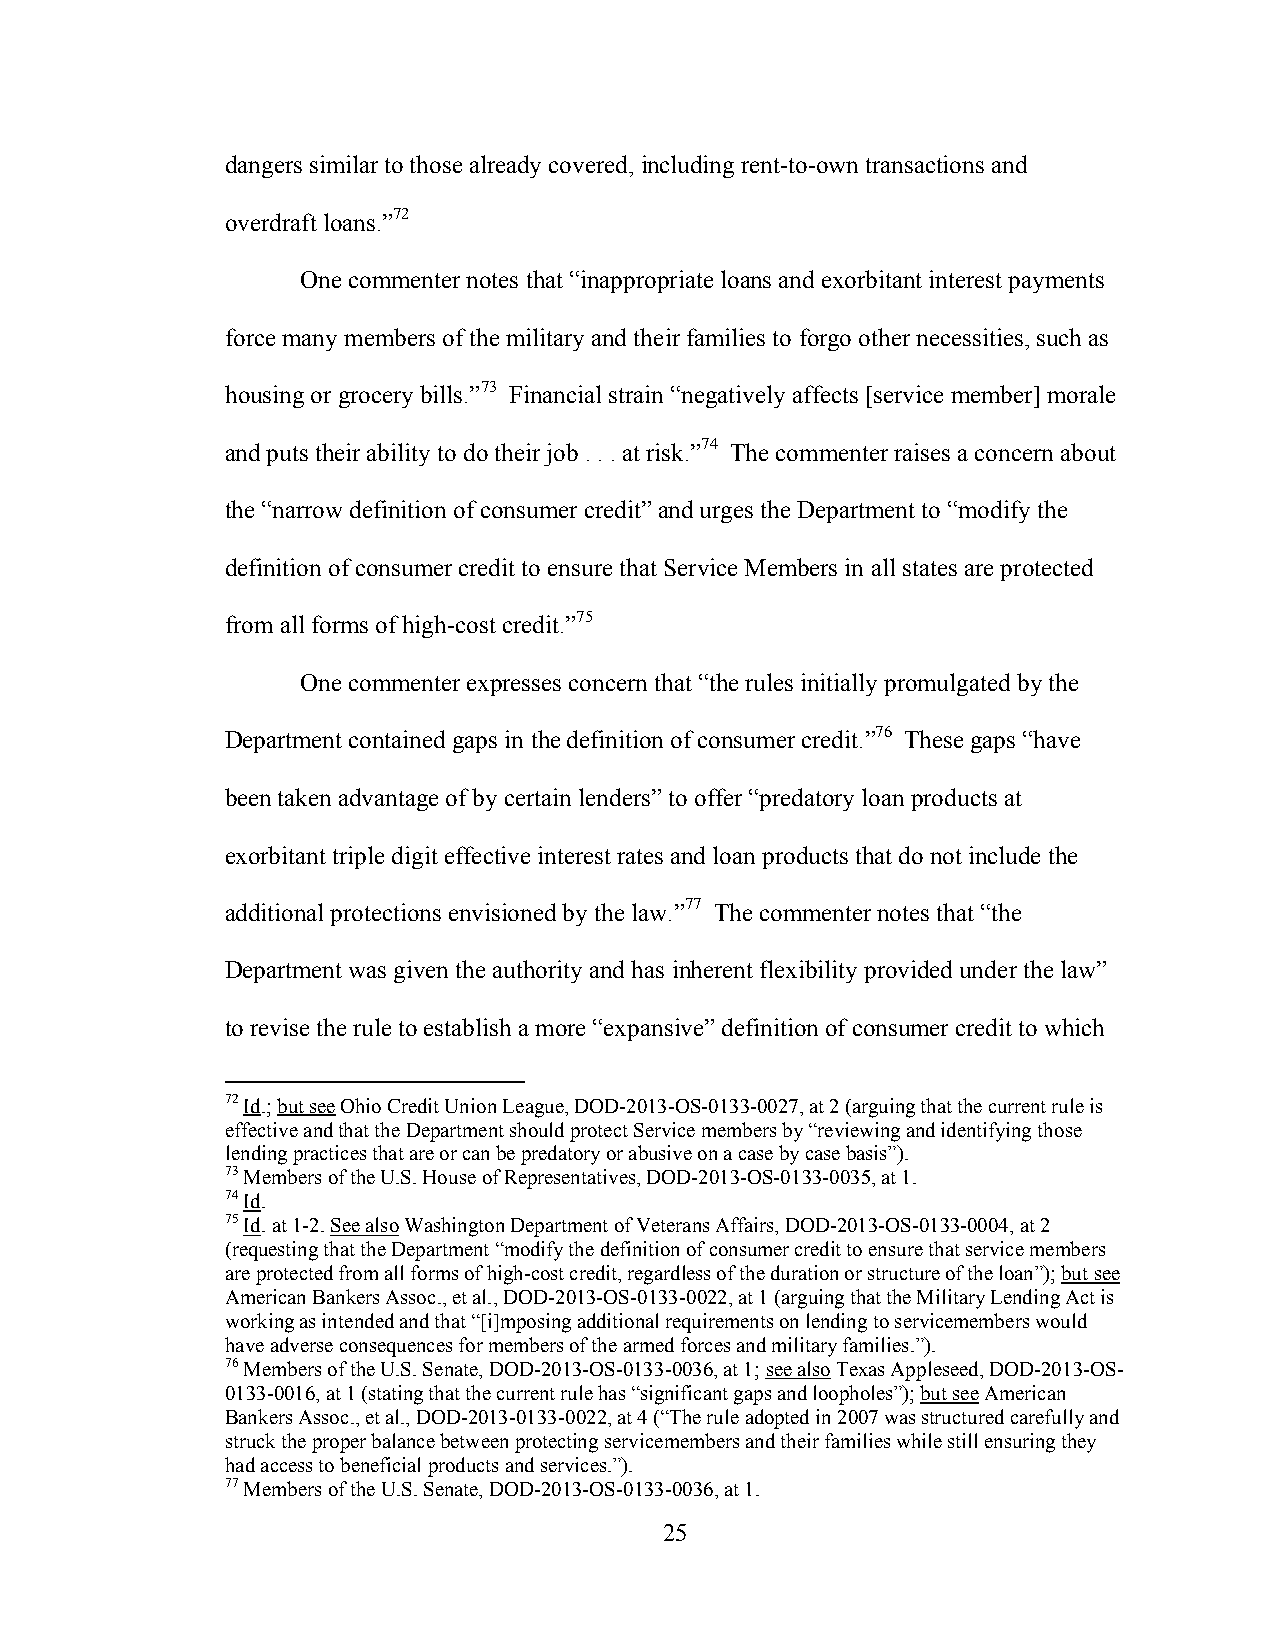
dangers similar to those already covered, including rent-to-own transactions and
 overdraft loans.”72
 One commenter notes that “inappropriate loans and exorbitant interest payments
 force many members of the military and their families to forgo other necessities, such as
 housing or grocery bills.”73 Financial strain “negatively affects [service member] morale
 and puts their ability to do their job . . . at risk.”74 The commenter raises a concern about
 the “narrow definition of consumer credit” and urges the Department to “modify the
 definition of consumer credit to ensure that Service Members in all states are protected
 from all forms of high-cost credit.”75
 One commenter expresses concern that “the rules initially promulgated by the
 Department contained gaps in the definition of consumer credit.”76 These gaps “have
 been taken advantage of by certain lenders” to offer “predatory loan products at
 exorbitant triple digit effective interest rates and loan products that do not include the
 additional protections envisioned by the law.”77 The commenter notes that “the
 Department was given the authority and has inherent flexibility provided under the law”
 to revise the rule to establish a more “expansive” definition of consumer credit to which
 72 Id.; but see Ohio Credit Union League, DOD-2013-OS-0133-0027, at 2 (arguing that the current rule is
 effective and that the Department should protect Service members by “reviewing and identifying those
 lending practices that are or can be predatory or abusive on a case by case basis”).
 73 Members of the U.S. House of Representatives, DOD-2013-OS-0133-0035, at 1.
 74 Id.
 75 Id. at 1-2. See also Washington Department of Veterans Affairs, DOD-2013-OS-0133-0004, at 2
 (requesting that the Department “modify the definition of consumer credit to ensure that service members
 are protected from all forms of high-cost credit, regardless of the duration or structure of the loan”); but see
 American Bankers Assoc., et al., DOD-2013-OS-0133-0022, at 1 (arguing that the Military Lending Act is
 working as intended and that “[i]mposing additional requirements on lending to servicemembers would
 have adverse consequences for members of the armed forces and military families.”).
 76 Members of the U.S. Senate, DOD-2013-OS-0133-0036, at 1; see also Texas Appleseed, DOD-2013-OS-
 0133-0016, at 1 (stating that the current rule has “significant gaps and loopholes”); but see American
 Bankers Assoc., et al., DOD-2013-0133-0022, at 4 (“The rule adopted in 2007 was structured carefully and
 struck the proper balance between protecting servicemembers and their families while still ensuring they
 had access to beneficial products and services.”).
 77 Members of the U.S. Senate, DOD-2013-OS-0133-0036, at 1.
 25